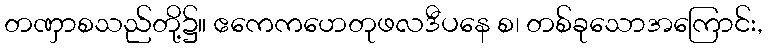
တဏှာစသည်တို့၌။ ဧကေကဟေတုဖလဒီပနေ စ၊ တစ်ခုသောအကြောင်း,